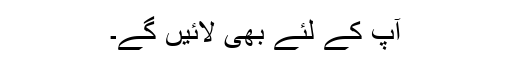
آپ کے لئے بھی لائیں گے۔